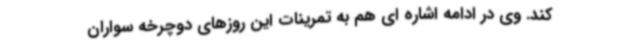
کند. وی در ادامه اشاره ای هم به تمرینات این روزهای دوچرخه سواران